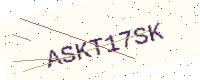
Text: ASKT17SK